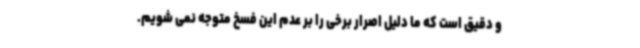
و دقیق است که ما دلیل اصرار برخی را بر عدم این فسخ متوجه نمی شویم.